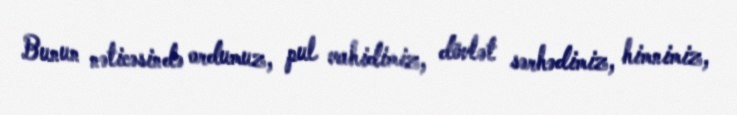
Bunun nəticəsində ordumuz, pul vahidimiz, dövlət sərhədimiz, himnimiz,